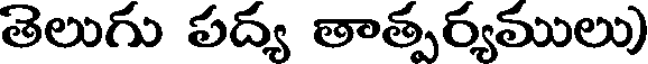
తెలుగు పద్య తాత్పర్యములు)